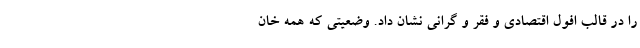
را در قالب افول اقتصادی و فقر و گرانی نشان داد. وضعیتی که همه خان